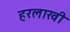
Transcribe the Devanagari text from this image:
हरलाखी